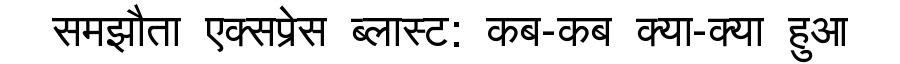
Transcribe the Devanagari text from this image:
समझौता एक्सप्रेस ब्लास्ट: कब-कब क्या-क्या हुआ